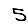
Digit: 5